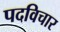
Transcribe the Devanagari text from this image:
पदविचार